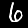
Label: 6